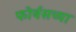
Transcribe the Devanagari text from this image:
फोर्बसच्या